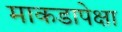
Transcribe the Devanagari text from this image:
माकडापेक्षा